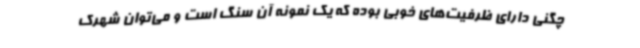
چگنی دارای ظرفیت‌های خوبی بوده که یک نمونه آن سنگ است و می‌توان شهرک